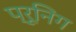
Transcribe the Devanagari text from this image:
प्रूनिग